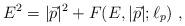
LaTeX: \begin{align*}E^2 = |{\vec p}|^2 + F(E, |{\vec p}|; \ell_p)~,\end{align*}